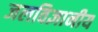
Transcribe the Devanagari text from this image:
जलविज्ञानीय